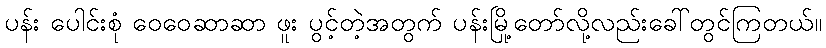
ပန်း ပေါင်းစုံ ဝေဝေဆာဆာ ဖူး ပွင့်တဲ့အတွက် ပန်းမြို့တော်လို့လည်းခေါ်တွင်ကြတယ်။